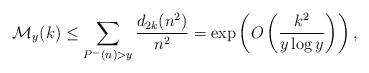
LaTeX: \begin{align*} \mathcal{M}_{y}(k)\leq \sum_{P^{-}(n)>y}\frac{d_{2k}(n^2)}{n^{2}} =\exp\left(O\left(\frac{k^2}{y\log y}\right)\right),\end{align*}